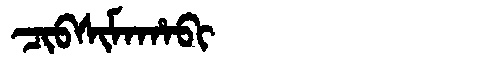
Manchu: ᠴᡳᠪᠰᡳᠮᠠᡥᠠᠪᡳ
Romanization: CIBSIMAHABI